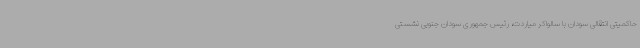
حاکمیتی انتقالی سودان با سالواکر میاردت، رئیس جمهوری سودان جنوبی نشستی